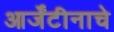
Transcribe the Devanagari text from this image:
आर्जेंटीनाचे